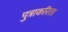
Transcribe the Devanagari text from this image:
पुत्राकरिता